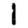
Digit: 1